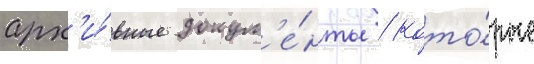
арх'и́вные докум'е́нты / кото́рые